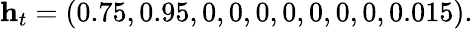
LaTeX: \mathbf{h}_{t}=(0.75,0.95,0,0,0,0,0,0,0,0.015).